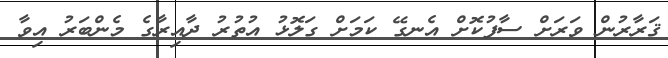
ޤަރާރުން ވަރަށް ސާފުކޮށް އެނގޭ ކަމަށް ގަލޮޅު އުތުރު ދާއިރާގެ މެންބަރު އިވާ